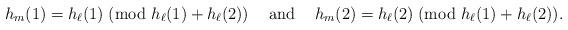
LaTeX: \begin{align*}h_m(1)=h_{\ell}(1)\; (\textrm{mod } h_{\ell}(1)+h_{\ell}(2)) \textrm{\; \; and\; \; }h_m(2)=h_{\ell}(2)\; (\textrm{mod } h_{\ell}(1)+h_{\ell}(2)).\end{align*}